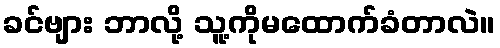
ခင်ဗျား ဘာလို့ သူ့ကိုမထောက်ခံတာလဲ။